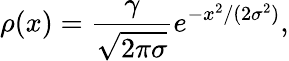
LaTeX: \rho(x)=\frac{\gamma}{\sqrt{2\pi\sigma}}e^{-x^{2}/(2\sigma^{2})},